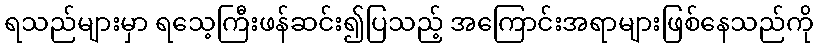
ရသည်များမှာ ရသေ့ကြီးဖန်ဆင်း၍ပြသည့် အကြောင်းအရာများဖြစ်နေသည်ကို